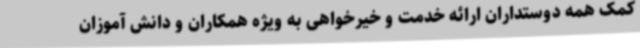
کمک همه دوستداران ارائه خدمت و خیرخواهی به ویژه همکاران و دانش آموزان